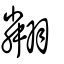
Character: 翷